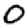
Digit: 0